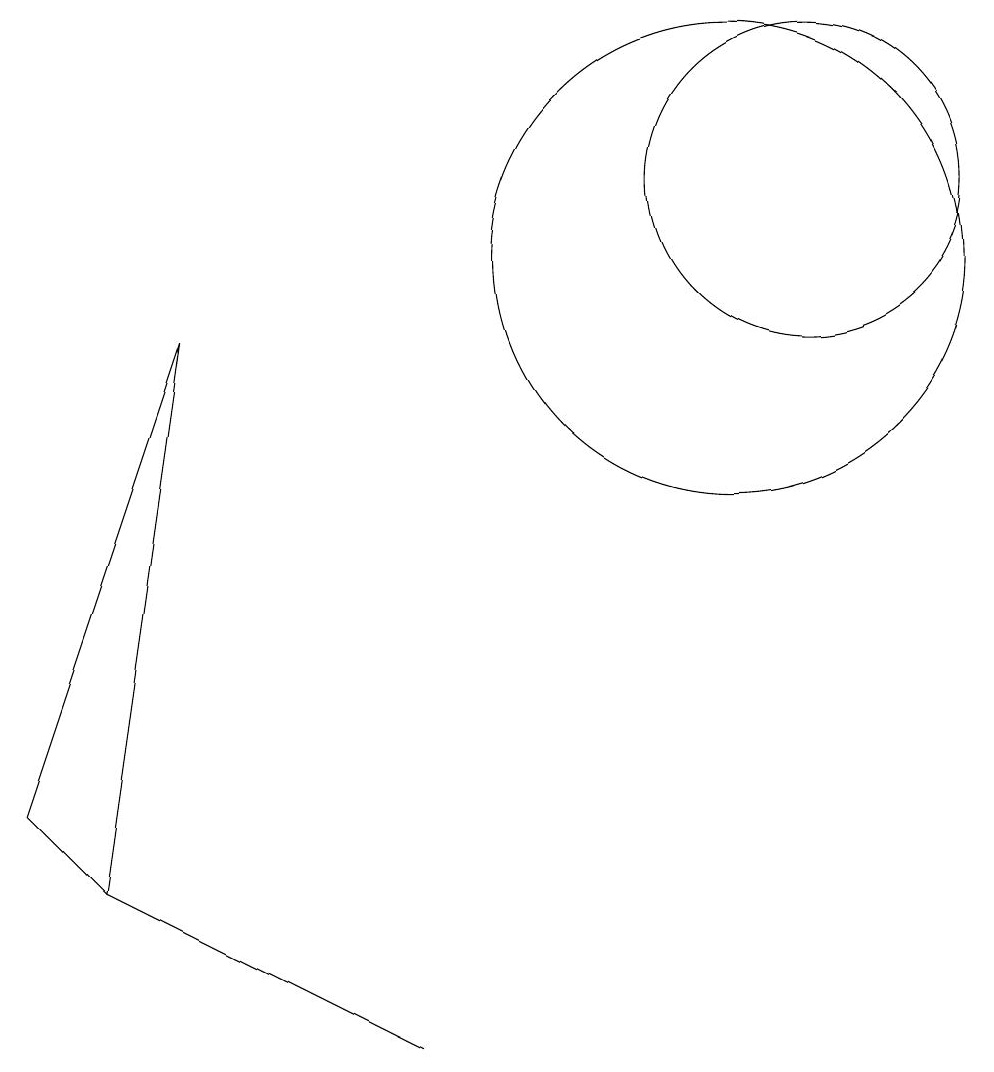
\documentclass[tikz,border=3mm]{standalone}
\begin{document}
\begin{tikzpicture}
\draw (11,11) circle (2);
\draw (10,10) circle (3);
\draw (2,2) -- (6,0) -- (4,1) -- cycle;
\draw (1,3) -- (3,9) -- (2,2) -- cycle;
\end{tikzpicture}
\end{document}